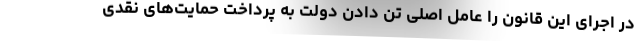
در اجرای این قانون را عامل اصلی تن دادن دولت به پرداخت حمایت‌های نقدی